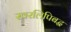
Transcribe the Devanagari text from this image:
स्वरलिपिबद्ध